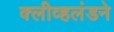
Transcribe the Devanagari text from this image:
क्लीव्हलंडने